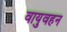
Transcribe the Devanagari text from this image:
वायुवहन